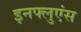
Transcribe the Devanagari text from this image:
इनफ्लुएंस